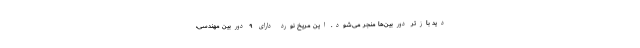
دید بازتر دوربین‌ها منجر می‌شود. این مریخ نورد دارای ۹ دوربین مهندسی،